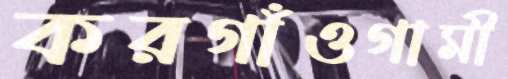
করগাঁওগামী